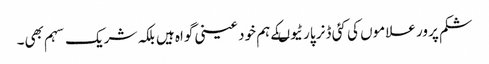
شکم پرور علاموں کی کئی ڈنر پارٹیوںکے ہم خود عینی گواہ ہیں بلکہ شریک سہم بھی۔